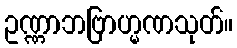
ဥဏ္ဏာဘဗြာဟ္မဏသုတ်။